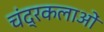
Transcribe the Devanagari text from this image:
चंद्रकलाओं